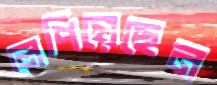
লেপিয়েছেন